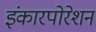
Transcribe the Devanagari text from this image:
इंकारपोरेशन